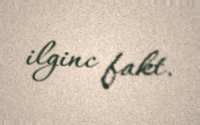
ilginc fakt.